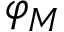
\varphi _ { M }